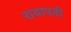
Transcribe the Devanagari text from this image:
रायापती